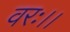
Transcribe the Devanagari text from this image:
वरः।।